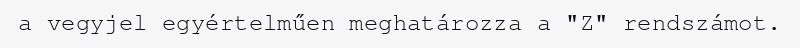
a vegyjel egyértelműen meghatározza a "Z" rendszámot.